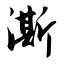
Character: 澌